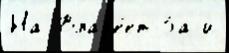
На Влад'е́ет За и